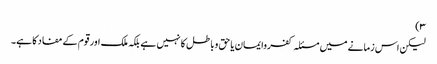
۳)
لیکن اس زمانے میں مسئلہ کفروایمان یا حق وباطل کا نہیں ہے بلکہ ملک اور قوم کے مفاد کا ہے۔